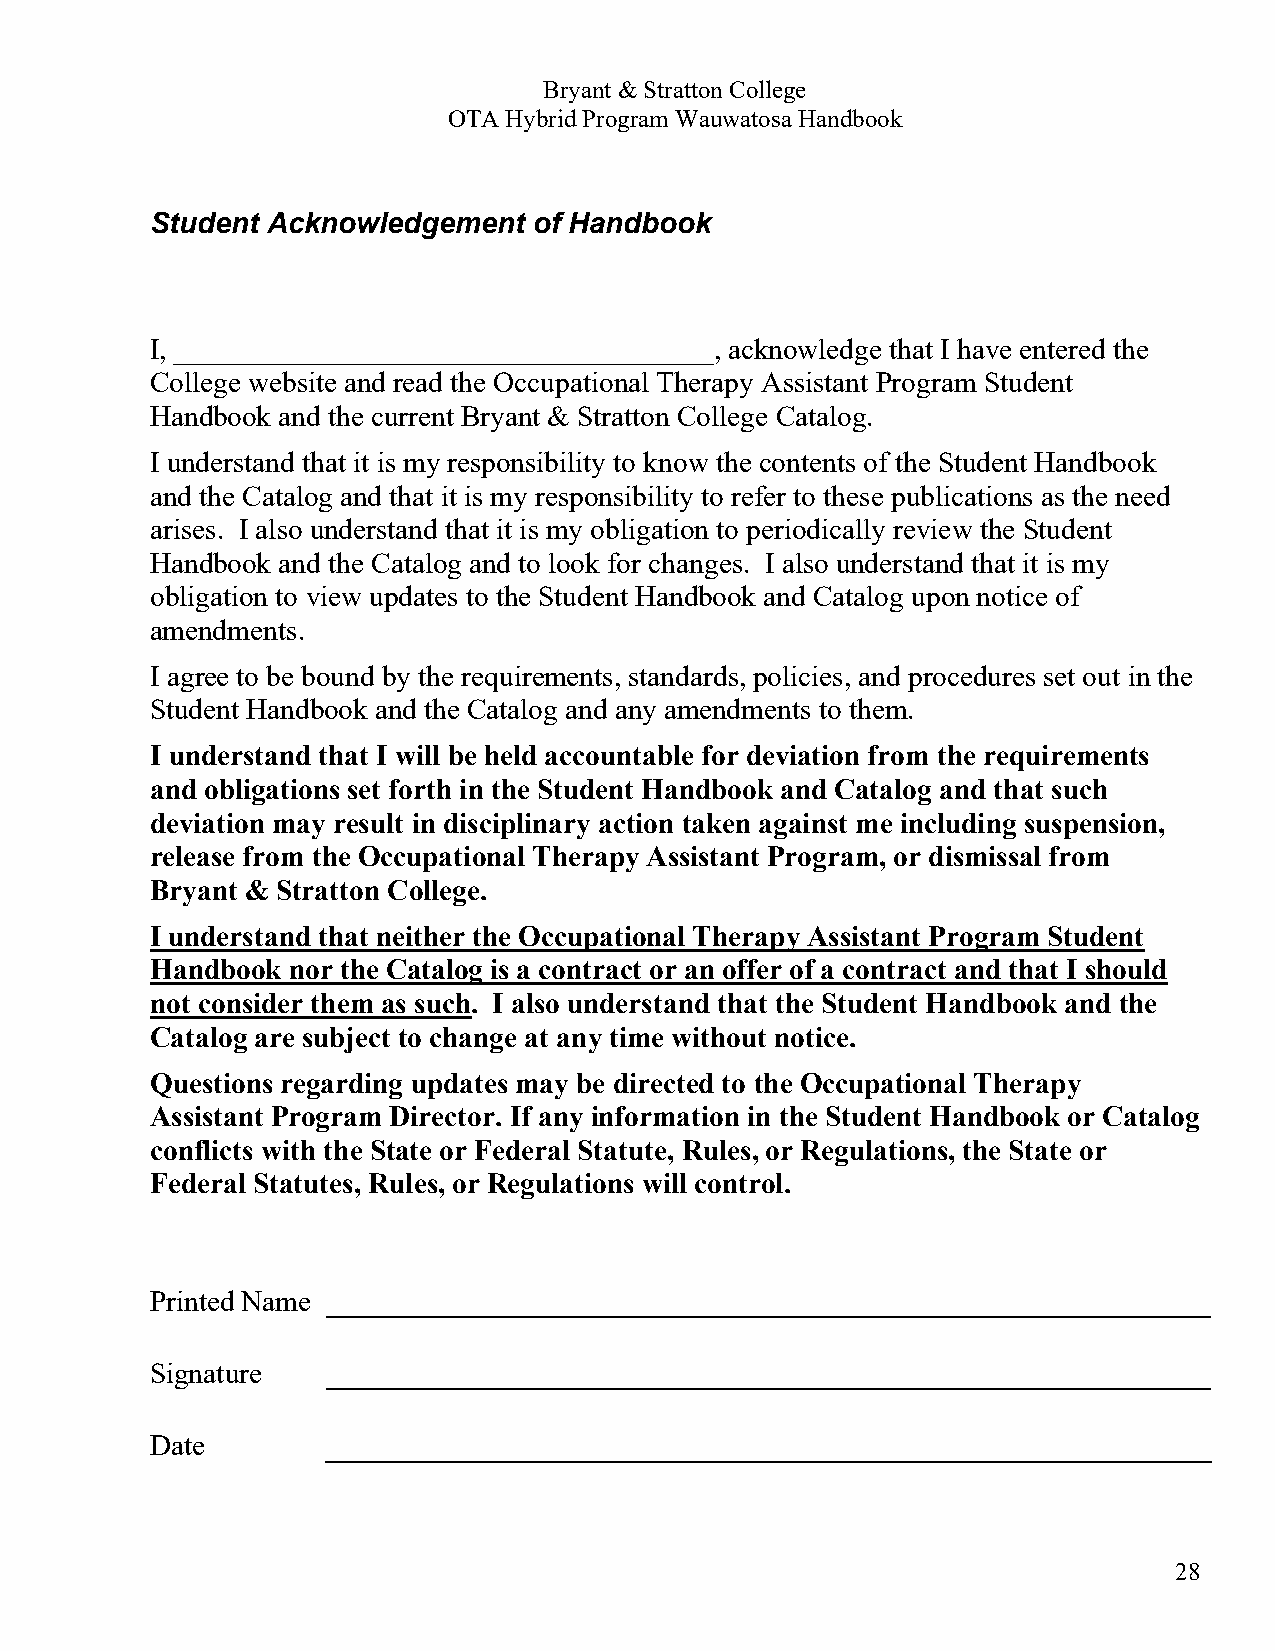
Bryant & Stratton College
 OTA Hybrid Program Wauwatosa Handbook
 Student Acknowledgement  of Handbook
 I, _____________________________________, acknowledge that I have entered the
 College website and read the Occupational Therapy Assistant Program Student
 Handbook and the current Bryant & Stratton College Catalog.
 I understand that it is my responsibility to know the contents of the Student Handbook
 and the Catalog and that it is my responsibility to refer to these publications as the need
 arises. I also understand that it is my obligation to periodically review the Student
 Handbook and the Catalog and to look for changes. I also understand that it is my
 obligation to view updates to the Student Handbook and Catalog upon notice of
 amendments.
 I agree to be bound by the requirements, standards, policies, and procedures set out in the
 Student Handbook and the Catalog and any amendments to them.
 I understand that I will be held accountable for deviation from the requirements
 and obligations set forth in the Student Handbook and Catalog and that such
 deviation may result in disciplinary action taken against me including suspension,
 release from the Occupational Therapy Assistant Program, or dismissal from
 Bryant & Stratton College.
 I understand that neither the Occupational Therapy Assistant Program Student
 Handbook nor the Catalog is a contract or an offer of a contract and that I should
 not consider them as such. I also understand that the Student Handbook and the
 Catalog are subject to change at any time without notice.
 Questions regarding updates may be directed to the Occupational Therapy
 Assistant Program Director. If any information in the Student Handbook or Catalog
 conflicts with the State or Federal Statute, Rules, or Regulations, the State or
 Federal Statutes, Rules, or Regulations will control.
 Printed Name
 Signature
 Date
 28